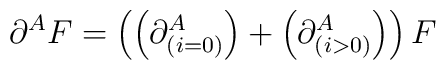
\partial ^{A}F=\left( \left( \partial _{\left( i=0\right) }^{A}\right)+\left( \partial _{\left( i>0\right) }^{A}\right) \right) F